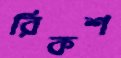
রিকশ